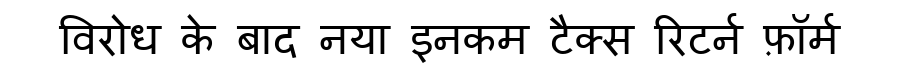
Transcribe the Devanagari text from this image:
विरोध के बाद नया इनकम टैक्स रिटर्न फ़ॉर्म